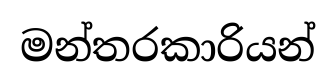
මන්තරකාරියන්